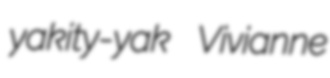
yakity-yak Vivianne